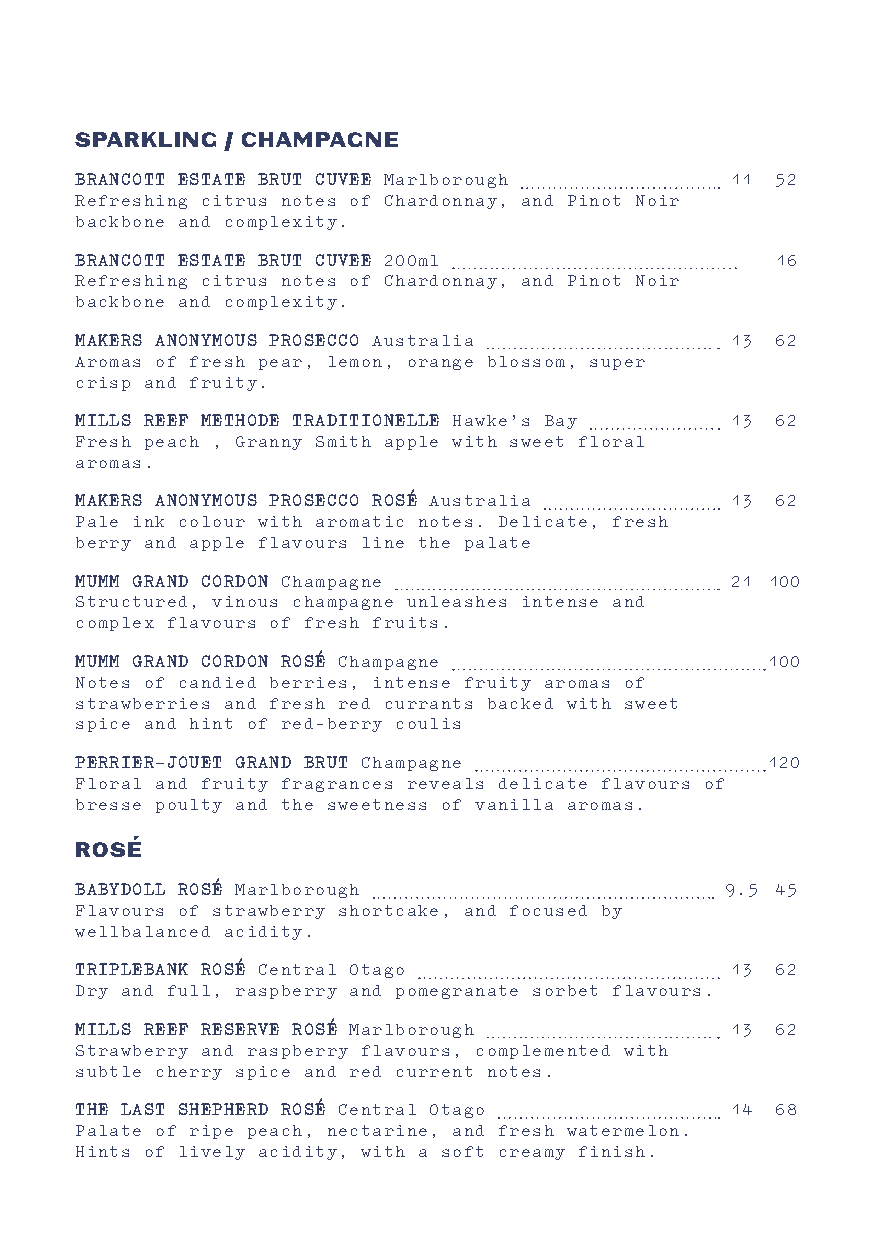
SPARKLING / CHAMPAGNE
 BRANCOTT ESTATE BRUT CUVEE Marlborough     11 52
 Refreshing citrus notes of Chardonnay, and Pinot Noir
 backbone and complexity.
 BRANCOTT ESTATE BRUT CUVEE 200ml              16
 Refreshing citrus notes of Chardonnay, and Pinot Noir
 backbone and complexity.
 MAKERS ANONYMOUS PROSECCO Australia        13 62
 Aromas of fresh pear, lemon, orange blossom, super
 crisp and fruity.
 MILLS REEF METHODE TRADITIONELLE Hawke’s Bay 13 62
 Fresh peach , Granny Smith apple with sweet floral
 aromas.
 MAKERS ANONYMOUS PROSECCO ROSÉ Australia   13 62
 Pale ink colour with aromatic notes. Delicate, fresh
 berry and apple flavours line the palate
 MUMM GRAND CORDON Champagne                21 100
 Structured, vinous champagne unleashes intense and
 complex flavours of fresh fruits.
 MUMM GRAND CORDON ROSÉ Champagne              100
 Notes of candied berries, intense fruity aromas of
 strawberries and fresh red currants backed with sweet
 spice and hint of red-berry coulis
 PERRIER-JOUET GRAND BRUT Champagne            120
 Floral and fruity fragrances reveals delicate flavours of
 bresse poulty and the sweetness of vanilla aromas.
 ROSÉ
 BABYDOLL ROSÉ Marlborough                  9.5 45
 Flavours of strawberry shortcake, and focused by
 wellbalanced acidity.
 TRIPLEBANK ROSÉ Central Otago              13 62
 Dry and full, raspberry and pomegranate sorbet flavours.
 MILLS REEF RESERVE ROSÉ Marlborough        13 62
 Strawberry and raspberry flavours, complemented with
 subtle cherry spice and red current notes.
 THE LAST SHEPHERD ROSÉ Central Otago       14 68
 Palate of ripe peach, nectarine, and fresh watermelon.
 Hints of lively acidity, with a soft creamy finish.